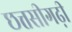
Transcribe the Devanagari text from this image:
छत्तसीगढ़ी